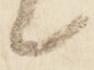
々